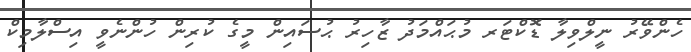
ހެންވޭރު ނީލްވިލާ ޑޮކްޓަރ މުޙައްމަދު ޒާހިރު ޙުސައިން މީގެ ކުރިން ހުންނެވީ އިސްލާމިކް